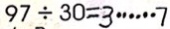
9 7 \div 3 0 = 3 \cdots 7